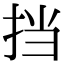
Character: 挡